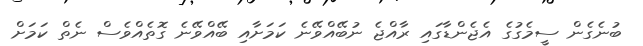
ބުނެގެން ސީމެގުގެ އެޖެންޑާގައި ރާއްޖެ ނުބޭއްވޭނެ ކަމަށާއި ބޭއްވޭނެ ގޮތެއްވެސް ނެތް ކަމަށް